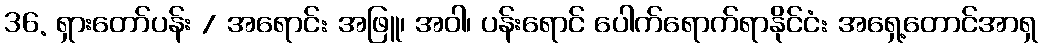
36. ရှားတော်ပန်း / အရောင်: အဖြူ၊ အဝါ၊ ပန်းရောင် ပေါက်ရောက်ရာနိုင်ငံ: အရှေ့တောင်အာရှ